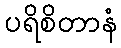
ပရိစိတာနံ